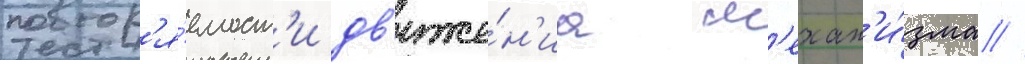
повтор'я́емост'и дв'иже́н'иа м'ехан'и́зма //